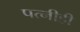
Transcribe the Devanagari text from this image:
पत्‍नीही